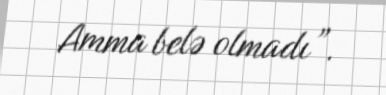
Amma belə olmadı”.